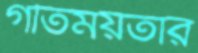
গতিময়তার